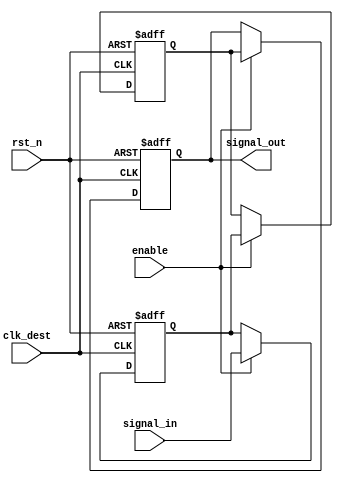
module signal_level_crossing_synchronizer #(
    parameter WIDTH = 1 // Width of the input signal
)(
    input  wire                  clk_dest,      // Destination clock
    input  wire                  rst_n,         // Asynchronous active-low reset
    input  wire                  enable,        // Enable signal for synchronizer
    input  wire [WIDTH-1:0]     signal_in,     // Input signal from source clock domain
    output reg  [WIDTH-1:0]      signal_out     // Synchronized output signal
);

    // Internal signals for the two stages of synchronization
    reg [WIDTH-1:0] sync_stage1;
    reg [WIDTH-1:0] sync_stage2;

    always @(posedge clk_dest or negedge rst_n) begin
        if (!rst_n) begin
            // Reset the synchronized output to known state
            sync_stage1 <= {WIDTH{1'b0}};
            sync_stage2 <= {WIDTH{1'b0}};
            signal_out <= {WIDTH{1'b0}};
        end else if (enable) begin
            // First stage of synchronization
            sync_stage1 <= signal_in;
            // Second stage of synchronization
            sync_stage2 <= sync_stage1;
            // Output the synchronized signal
            signal_out <= sync_stage2;
        end
    end

endmodule